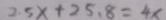
2 . 5 x + 2 5 . 8 = 4 x